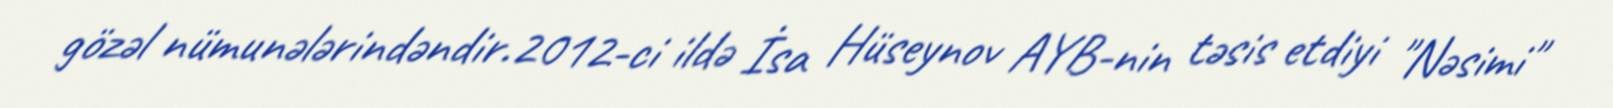
gözəl nümunələrindəndir.2012-ci ildə İsa Hüseynov AYB-nin təsis etdiyi "Nəsimi"